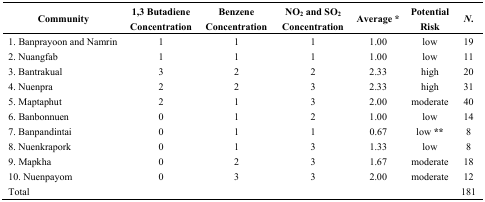
| Community | 1,3 Butadiene Concentration | Benzene Concentration | NO2 and SO2 Concentration | Average * | Potential Risk | N. |
 | --- | --- | --- | --- | --- | --- | --- |
 | 1. Banprayoon and Namrin | 1 | 1 | 1 | 1.00 | low | 19 |
 | 2. Nuangfab | 1 | 1 | 1 | 1.00 | low | 11 |
 | 3. Bantrakual | 3 | 2 | 2 | 2.33 | high | 20 |
 | 4. Nuenpra | 2 | 2 | 3 | 2.33 | high | 31 |
 | 5. Maptaphut | 2 | 1 | 3 | 2.00 | moderate | 40 |
 | 6. Banbonnuen | 0 | 1 | 2 | 1.00 | low | 14 |
 | 7. Banpandintai | 0 | 1 | 1 | 0.67 | low** | 8 |
 | 8. Nuenkrapork | 0 | 1 | 3 | 1.33 | low | 8 |
 | 9. Mapkha | 0 | 2 | 3 | 1.67 | moderate | 18 |
 | 10. Nuenpayom | 0 | 3 | 3 | 2.00 | moderate | 12 |
 | Total |  |  |  |  |  | 181 |